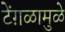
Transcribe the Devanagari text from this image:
टेंग़ळामुळे